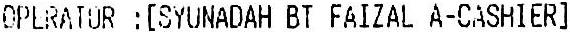
OPERATOR : [SYUNADAH BT FAIZAL A-CASHIER]